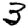
Digit: 3